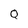
Character: q